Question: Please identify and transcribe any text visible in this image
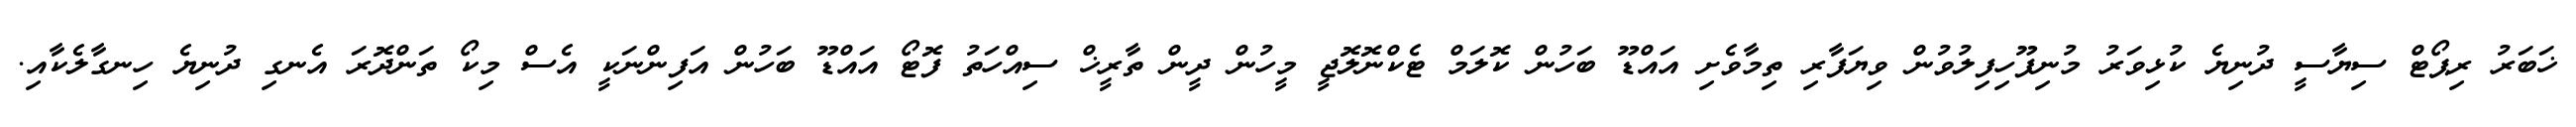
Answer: ޚަބަރު ރިޕޯޓް ސިޔާސީ ދުނިޔެ ކުޅިވަރު މުނިފޫހިފިލުވުން ވިޔަފާރި ތިމާވެށި އައްޑޫ ބަހުން ކޮލަމް ޓެކްނޮލޮޖީ މީހުން ދީން ތާރީޚް ސިއްހަތު ފޮޓޯ އައްޑޫ ބަހުން އަފިންނަކީ އެސް މިކޯ ތަންދޮރަ އެނގި ދުނިޔެ ހިނގާލެކާއި.